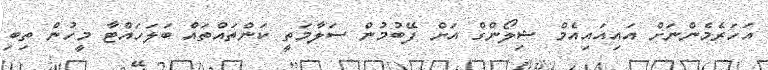
އަހަރެމެންނަށް އައިއައިއެމް ޝިލޯންގް އަށް ފޭބުމުން ސަލާމަތީ ކަންތައްތައް ބަލަހައްޓާ މީހުން ތިބި